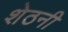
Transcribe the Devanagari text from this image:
शेठनी